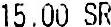
15.00 SR